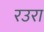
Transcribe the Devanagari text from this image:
रउरा